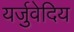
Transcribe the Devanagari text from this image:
यर्जुवेदिय